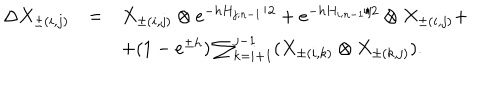
\begin{array} { l c l } { { \Delta X _ { \pm ( i , j ) } } } & { { = } } & { { X _ { \pm ( i , j ) } \otimes e ^ { - h H _ { j ; n - 1 } / 2 } + e ^ { - h H _ { i ; n - 1 } / 2 } \otimes X _ { \pm ( i , j ) } + } } \\ { { } } & { { } } & { { + ( 1 - e ^ { \pm h } ) \sum _ { k = i + 1 } ^ { j - 1 } ( X _ { \pm ( i , k ) } \otimes X _ { \pm ( k , j ) } ) . } } \\ \end{array}